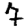
Digit: 7